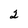
Character: 2